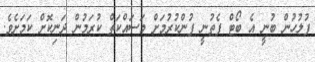
ފުލުހުން ބުނީ އެ ބޯޓް ފެތުނީ ފުންކުރުމަށް މަސައްކަތް ކުރަމުން ދަނިކޮށް ކަމަށެވެ.